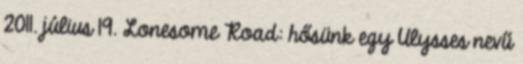
2011. július 19. Lonesome Road: hősünk egy Ulysses nevű